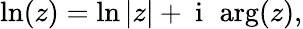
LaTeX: \ln(z)=\ln|z|+\mathrm{~i~}\, \arg(z),